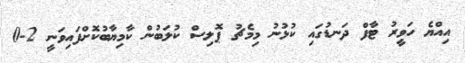
އިއްޔެ ހަވީރު ޓާފް ދަނޑުގައި ކުޅުނު މިމެޗު ޕޮލިސް ކުލަބުން ކާމިޔާބުކޮށްފައިވަނީ 2-0